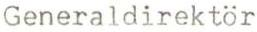
Generaldirektör